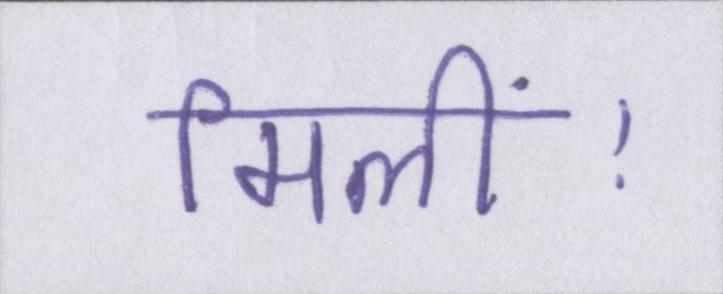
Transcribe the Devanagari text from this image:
मिलीं।